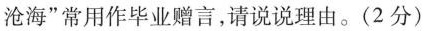
沧海”常用作毕业赠言，请说说理由。(2分)